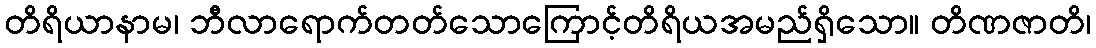
တိရိယာနာမ၊ ဘီလာရောက်တတ်သောကြောင့်တိရိယအမည်ရှိသော။ တိဏဇာတိ၊